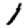
Digit: 1